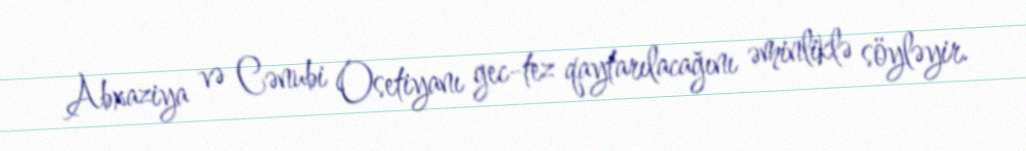
Abxaziya və Cənubi Osetiyanı gec-tez qaytarılacağını əminliklə söyləyir.